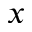
x